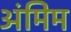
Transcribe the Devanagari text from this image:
अंमिम